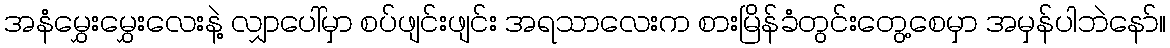
အနံမွှေးမွှေးလေးနဲ့ လျှာပေါ်မှာ စပ်ဖျင်းဖျင်း အရသာလေးက စားမြိန်ခံတွင်းတွေ့စေမှာ အမှန်ပါဘဲနော်။